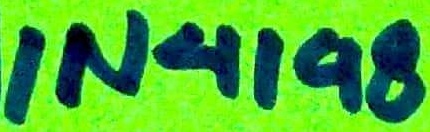
Text: IN4198